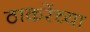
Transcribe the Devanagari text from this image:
ठाकरेंच्या